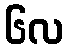
၆လ